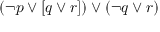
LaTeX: ( \neg p \lor [ q \lor r ] ) \lor ( \neg q \lor r )